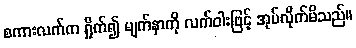
စကားလက်က ရှိုက်၍ မျက်နှာကို လက်ဝါးဖြင့် အုပ်လိုက်မိသည်။